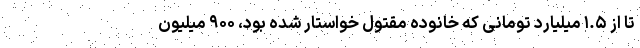
تا از ۱.۵ میلیارد تومانی که خانوده مقتول خواستار شده بود، ۹۰۰ میلیون